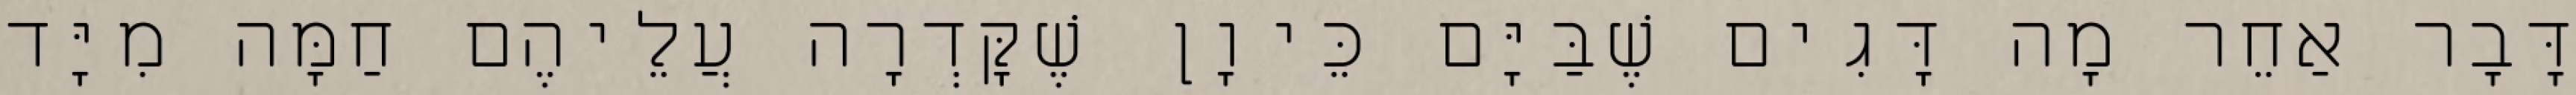
דָּבָר אַחֵר מָה דָּגִים שֶׁבַּיָּם כֵּיוָן שֶׁקָּדְרָה עֲלֵיהֶם חַמָּה מִיָּד